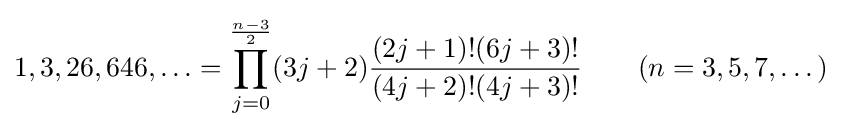
1,3,26,646,\ldots =\prod _{j=0}^{\frac {n-3}{2}}(3j+2){\frac {(2j+1)!(6j+3)!}{(4j+2)!(4j+3)!}}\qquad (n=3,5,7,\dots )